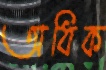
অধিক